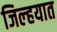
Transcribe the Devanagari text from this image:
जिल्‍हयात